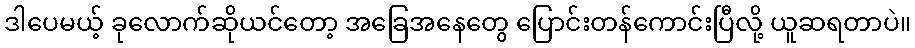
ဒါပေမယ့် ခုလောက်ဆိုယင်တော့ အခြေအနေတွေ ပြောင်းတန်ကောင်းပြီလို့ ယူဆရတာပဲ။